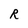
Character: R